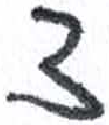
אות: צ